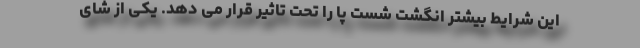
این شرایط بیشتر انگشت شست پا را تحت تاثیر قرار می دهد. یکی از شای